Investigations into the jail dietaries of the United Provinces with some observations on the influence of dietary on the physical development and well-being of the people of the United Provinces - Number 48
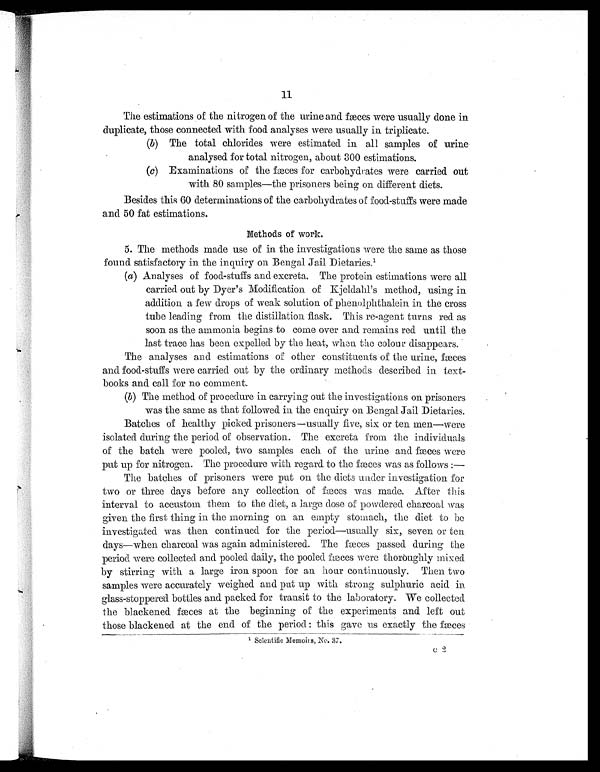
11
The estimations of the nitrogen of the urine and fæces were usually done in
duplicate, those connected with food analyses were usually in triplicate.
(b) The total chlorides were estimated in all samples of urine
analysed for total nitrogen, about 300 estimations.
(c) Examinations of the fæces for carbohydrates were carried out
with 80 samples—the prisoners being on different diets.
Besides this 60 determinations of the carbohydrates of food-stuffs were made
and 50 fat estimations.
Methods of work.
5. The methods made use of in the investigations were the same as those
found satisfactory in the inquiry on Bengal Jail Dietaries.
1
(a) Analyses of food-stuffs and excreta. The protein estimations were all
carried out by Dyer's Modification of Kjeldahl's method, using in
addition a few drops of weak solution of phenolphthalein in the cross
tube leading from the distillation flask. This re-agent turns red as
soon as the ammonia begins to come over and remains red until the
last trace has been expelled by the heat, when the colour disappears.
The analyses and estimations or other constituents of the urine, fæces
and food-stuffs were carried out by the ordinary methods described in text
-books and call for no comment.
(b)The method of procedure in carrying out the investigations on prisoners
was the same as that followed in the enquiry on Bengal Jail Dietaries.
Batches of healthy picked prisoners —usually five, six or ten men—were
isolated during the period of observation. The excreta from the individuals
of the batch were pooled, two samples each of the urine and fæces were
put up for nitrogen. The procedure with regard to the fæces was as follows :
— The batches of prisoners were put on the diets under investigation for
two or three days before any col l ecti on of fæces was made. After thi s
interval to accustom them to the diet, a large dose of powdered charcoal was
given the first thing in the morning on an empty stomach, the diet to be
investigated was then continued for the period—usually six, seven or ten
days—when charcoal was agai n admi ni stered. The fæces passed duri ng the
period were collected and pooled daily, the pooled fæ ces were thoroughly mixed
by stirring with a large iron spoon for an hour continuously. Then
t w o s a m p l e s w e r e a c c u r a t e l y w e i g h e d a n d p u t u p w i t h s t r o n g s u l p h u r i c a c i d i n
glass-stoppered bottles and packed for transit to the laboratory. We collected
the blackened faces at the beginning of the experiments and left out
those blackened at the end of the period: this gave us exactly the fæces
1
Sci enti fi c Memoi rs, No. 37.
c2